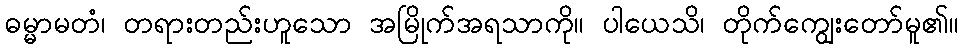
ဓမ္မာမတံ၊ တရားတည်းဟူသော အမြိုက်အရသာကို။ ပါယေသိ၊ တိုက်ကျွေးတော်မူ၏။